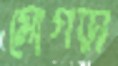
মোগড়া